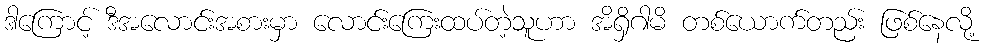
ဒါကြောင့် ဒီအလောင်းအစားမှာ လောင်းကြေးထပ်တဲ့သူဟာ အိရှိဂါမိ တစ်ယောက်တည်း ဖြစ်နေလို့